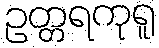
ဥတ္တရကုရူ